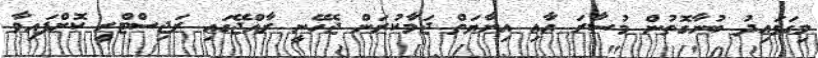
މިގަވައިދު ބުނާގޮތުން މުސާރަ އާއި އިނާޔަތް ޖަމާކުރަން ޖެހޭނީ ރާއްޖޭގައި ރަޖިސްޓްރީ ކޮށްފައިވާ